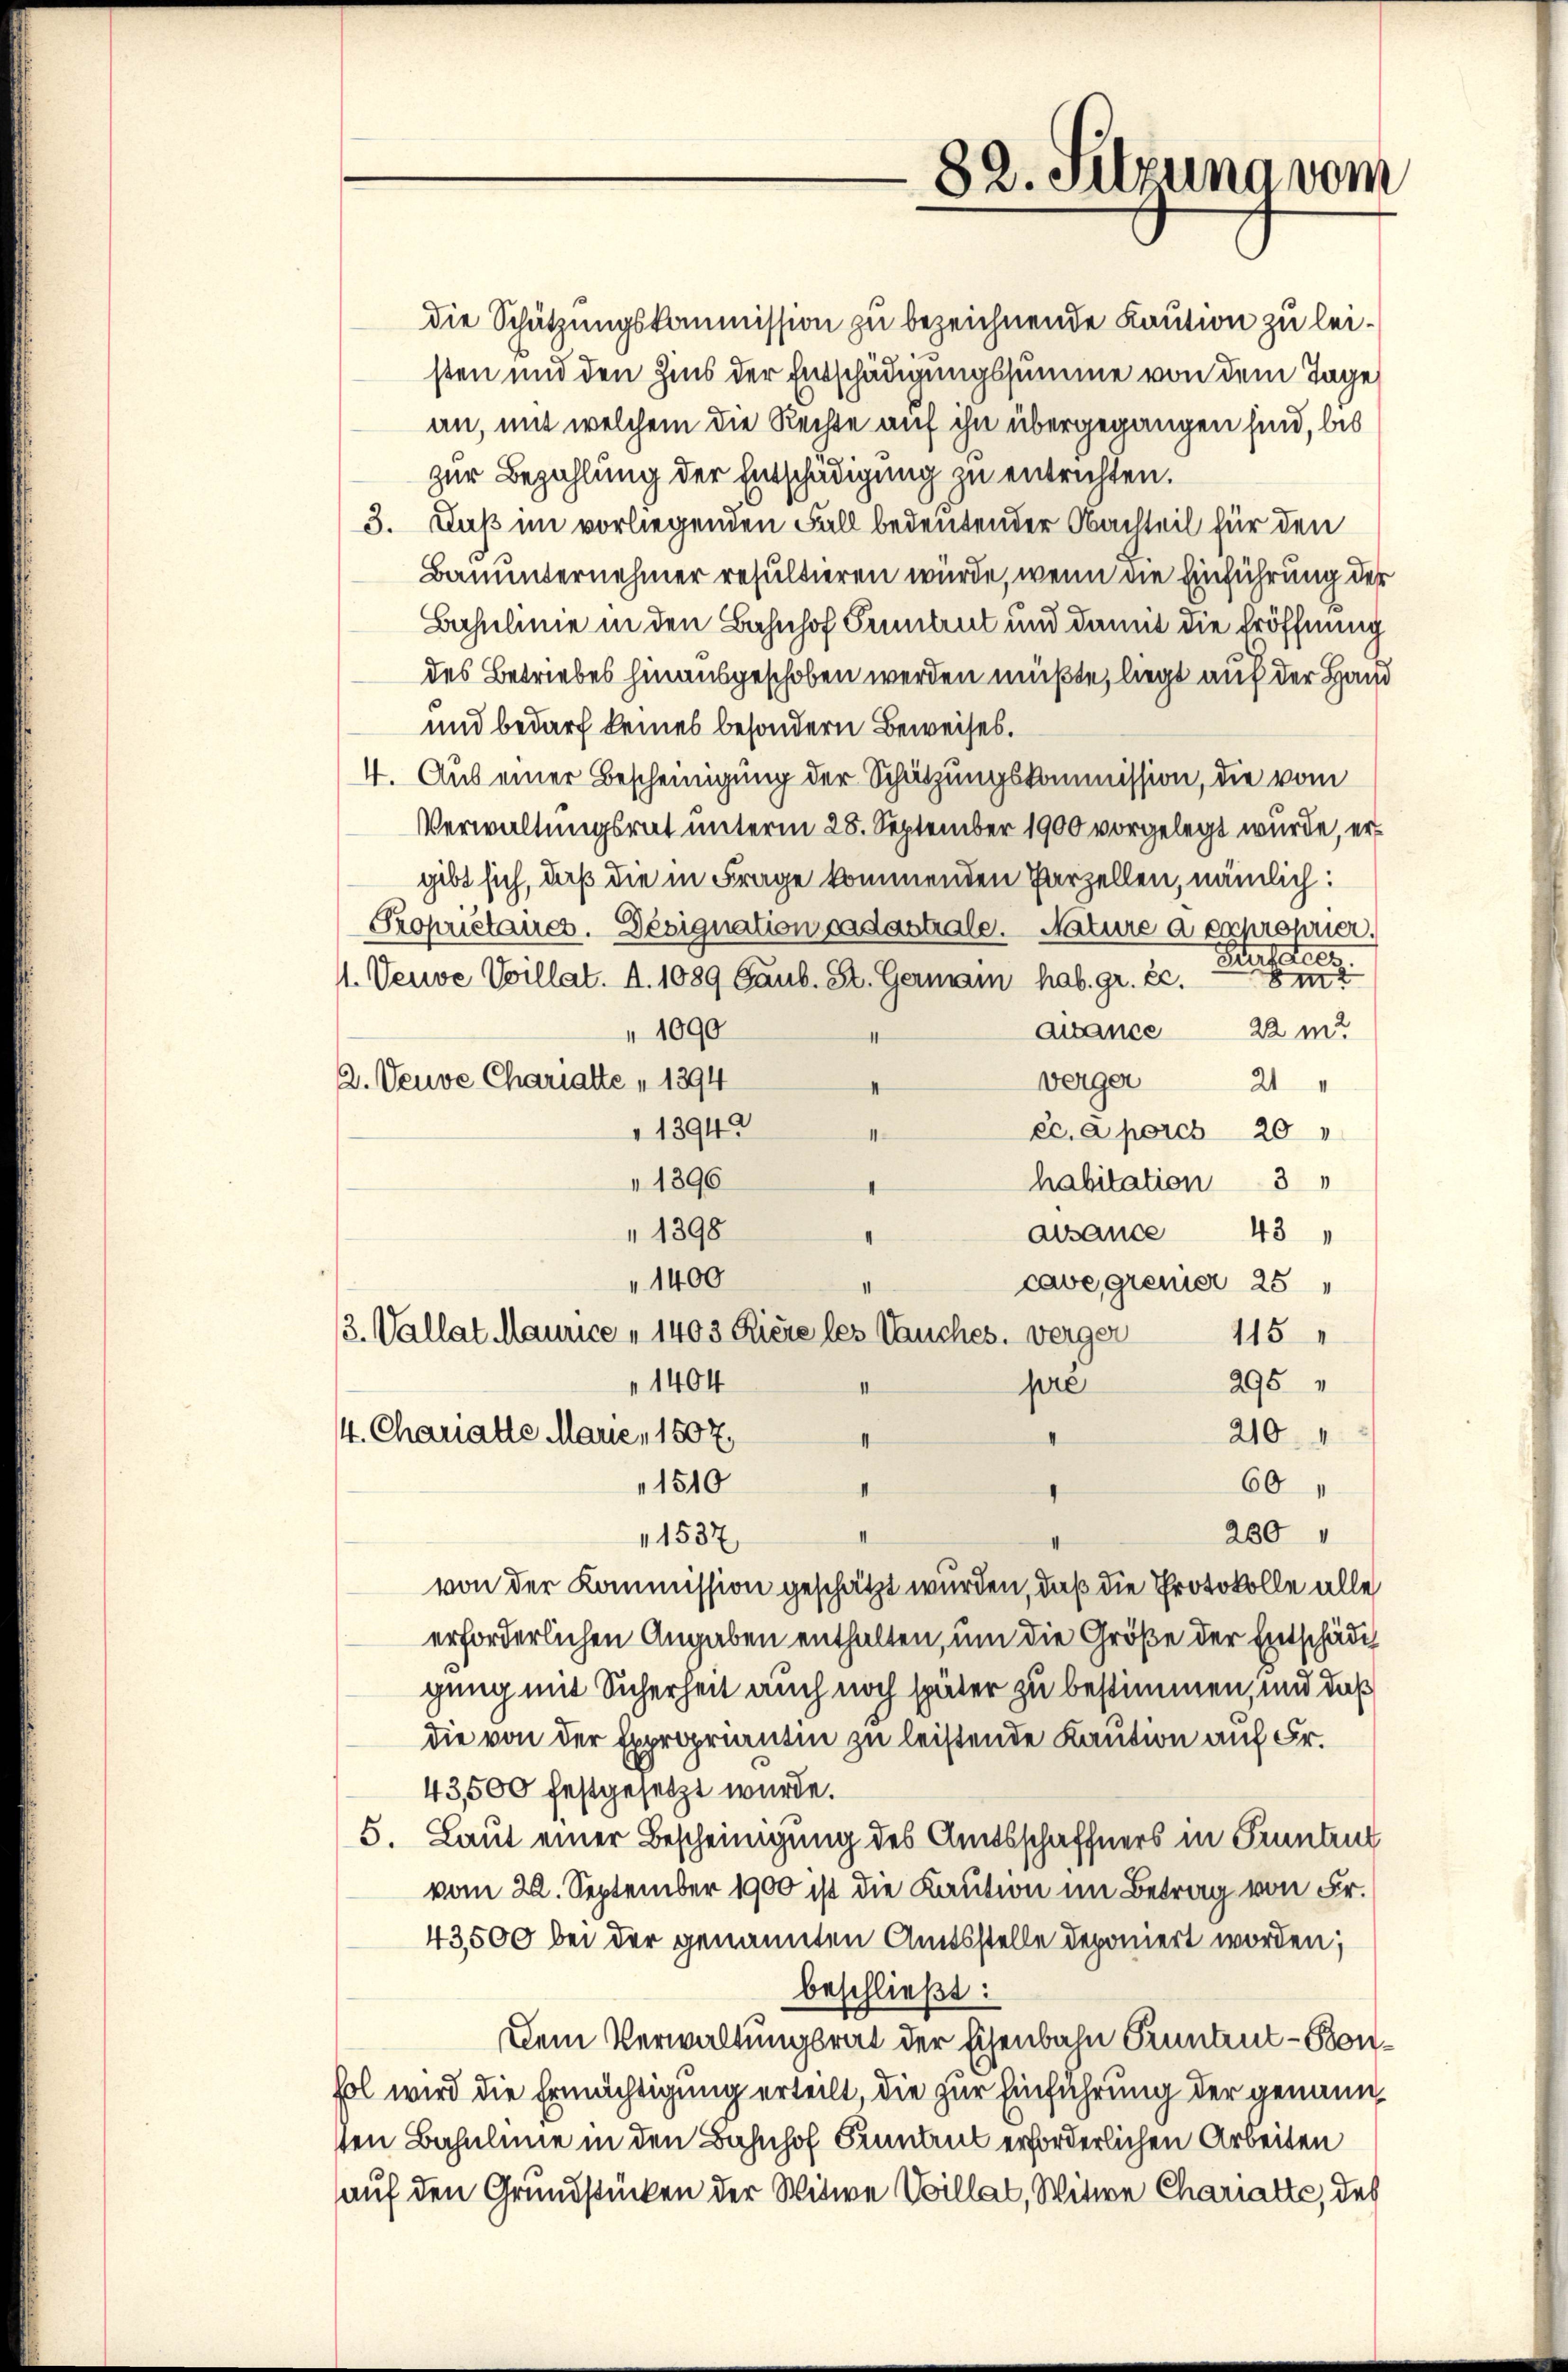
82. Selzung vom

die Schützungskommission zu bezeichnende Kaution zu leisten und den Zins der Entschädigungssumme von dem Tage
an, mit welchem die Rechte auf ihn übergegangen sind, bis
zur Bezahlung der Entschädigung zu entrichten.
3. Fuß im vorliegenden Fall bedeutender Nachteil für den
Bauunternehmer resultieren würde, wenn die Einführung der
Bahnlinie in den Bahnhof Pruntrut und damit die Eröffnung
des Betriebes hinausgeschoben werden müßte, liegt auf der Hand
und bedarf keines besondern Beweises.
4. Aus einer Bescheinigung der Schützungskommission, die vom
Verwaltungsrat unterm 25. September 1900 vorgelegt wurde, ergibt sich, daß die in Frage kommenden Parzellen, nämlich:
Propriétaires. Designation cadastriale. Nature a exproprier.
Suteres
1. Veuve Villat. d. 1089 Gaub. St. Germann hab. gr. 22.
i
22 m
" 1090
acance
2. Veuve Chariatte " 1394
verger 21 "
13942
ec. a porch 20 "
11
1896
habitation 3 "
" 1398
aisance
43
1400
II
cave gremier 25
3. Vallat Maurice " 1403 Kiere les auches. verger 115
1404
295
pre
4. Chariatte Marie, 1507
210
II
I
1510
60
II
II
280 "
1537
von der Kommission geschätzt wurden, daß die Protokolle alle
erforderlichen Angaben enthalten, um die Größe der Entschädig
gung mit Sicherheit auch noch später zu bestimmen, und daß
die von der Expropriantin zu leistende Kaution auf Fr.
43,500 festgesetzt wurde.
5. Laut einer Bescheinigung des Amtsschaffners in Pruntrut
vom 22. September 1900 ist die Kaution im Betrag von Fr.
43,500 bei der genannten Amtsstelle deponiert worden;
beschließt:
Dem Verwaltungsrat der Eisenbahn Pruntrut - Bonhol wird die Ermächtigung erteilt, die zur Einführung der genann
sten Bahnlinie in den Bahnhof Finant erforderlichen Arbeiten
auf den Grundstücken der Witwe Villat, Witwe Charakte, des